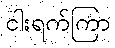
ငါးရက်ကြာ